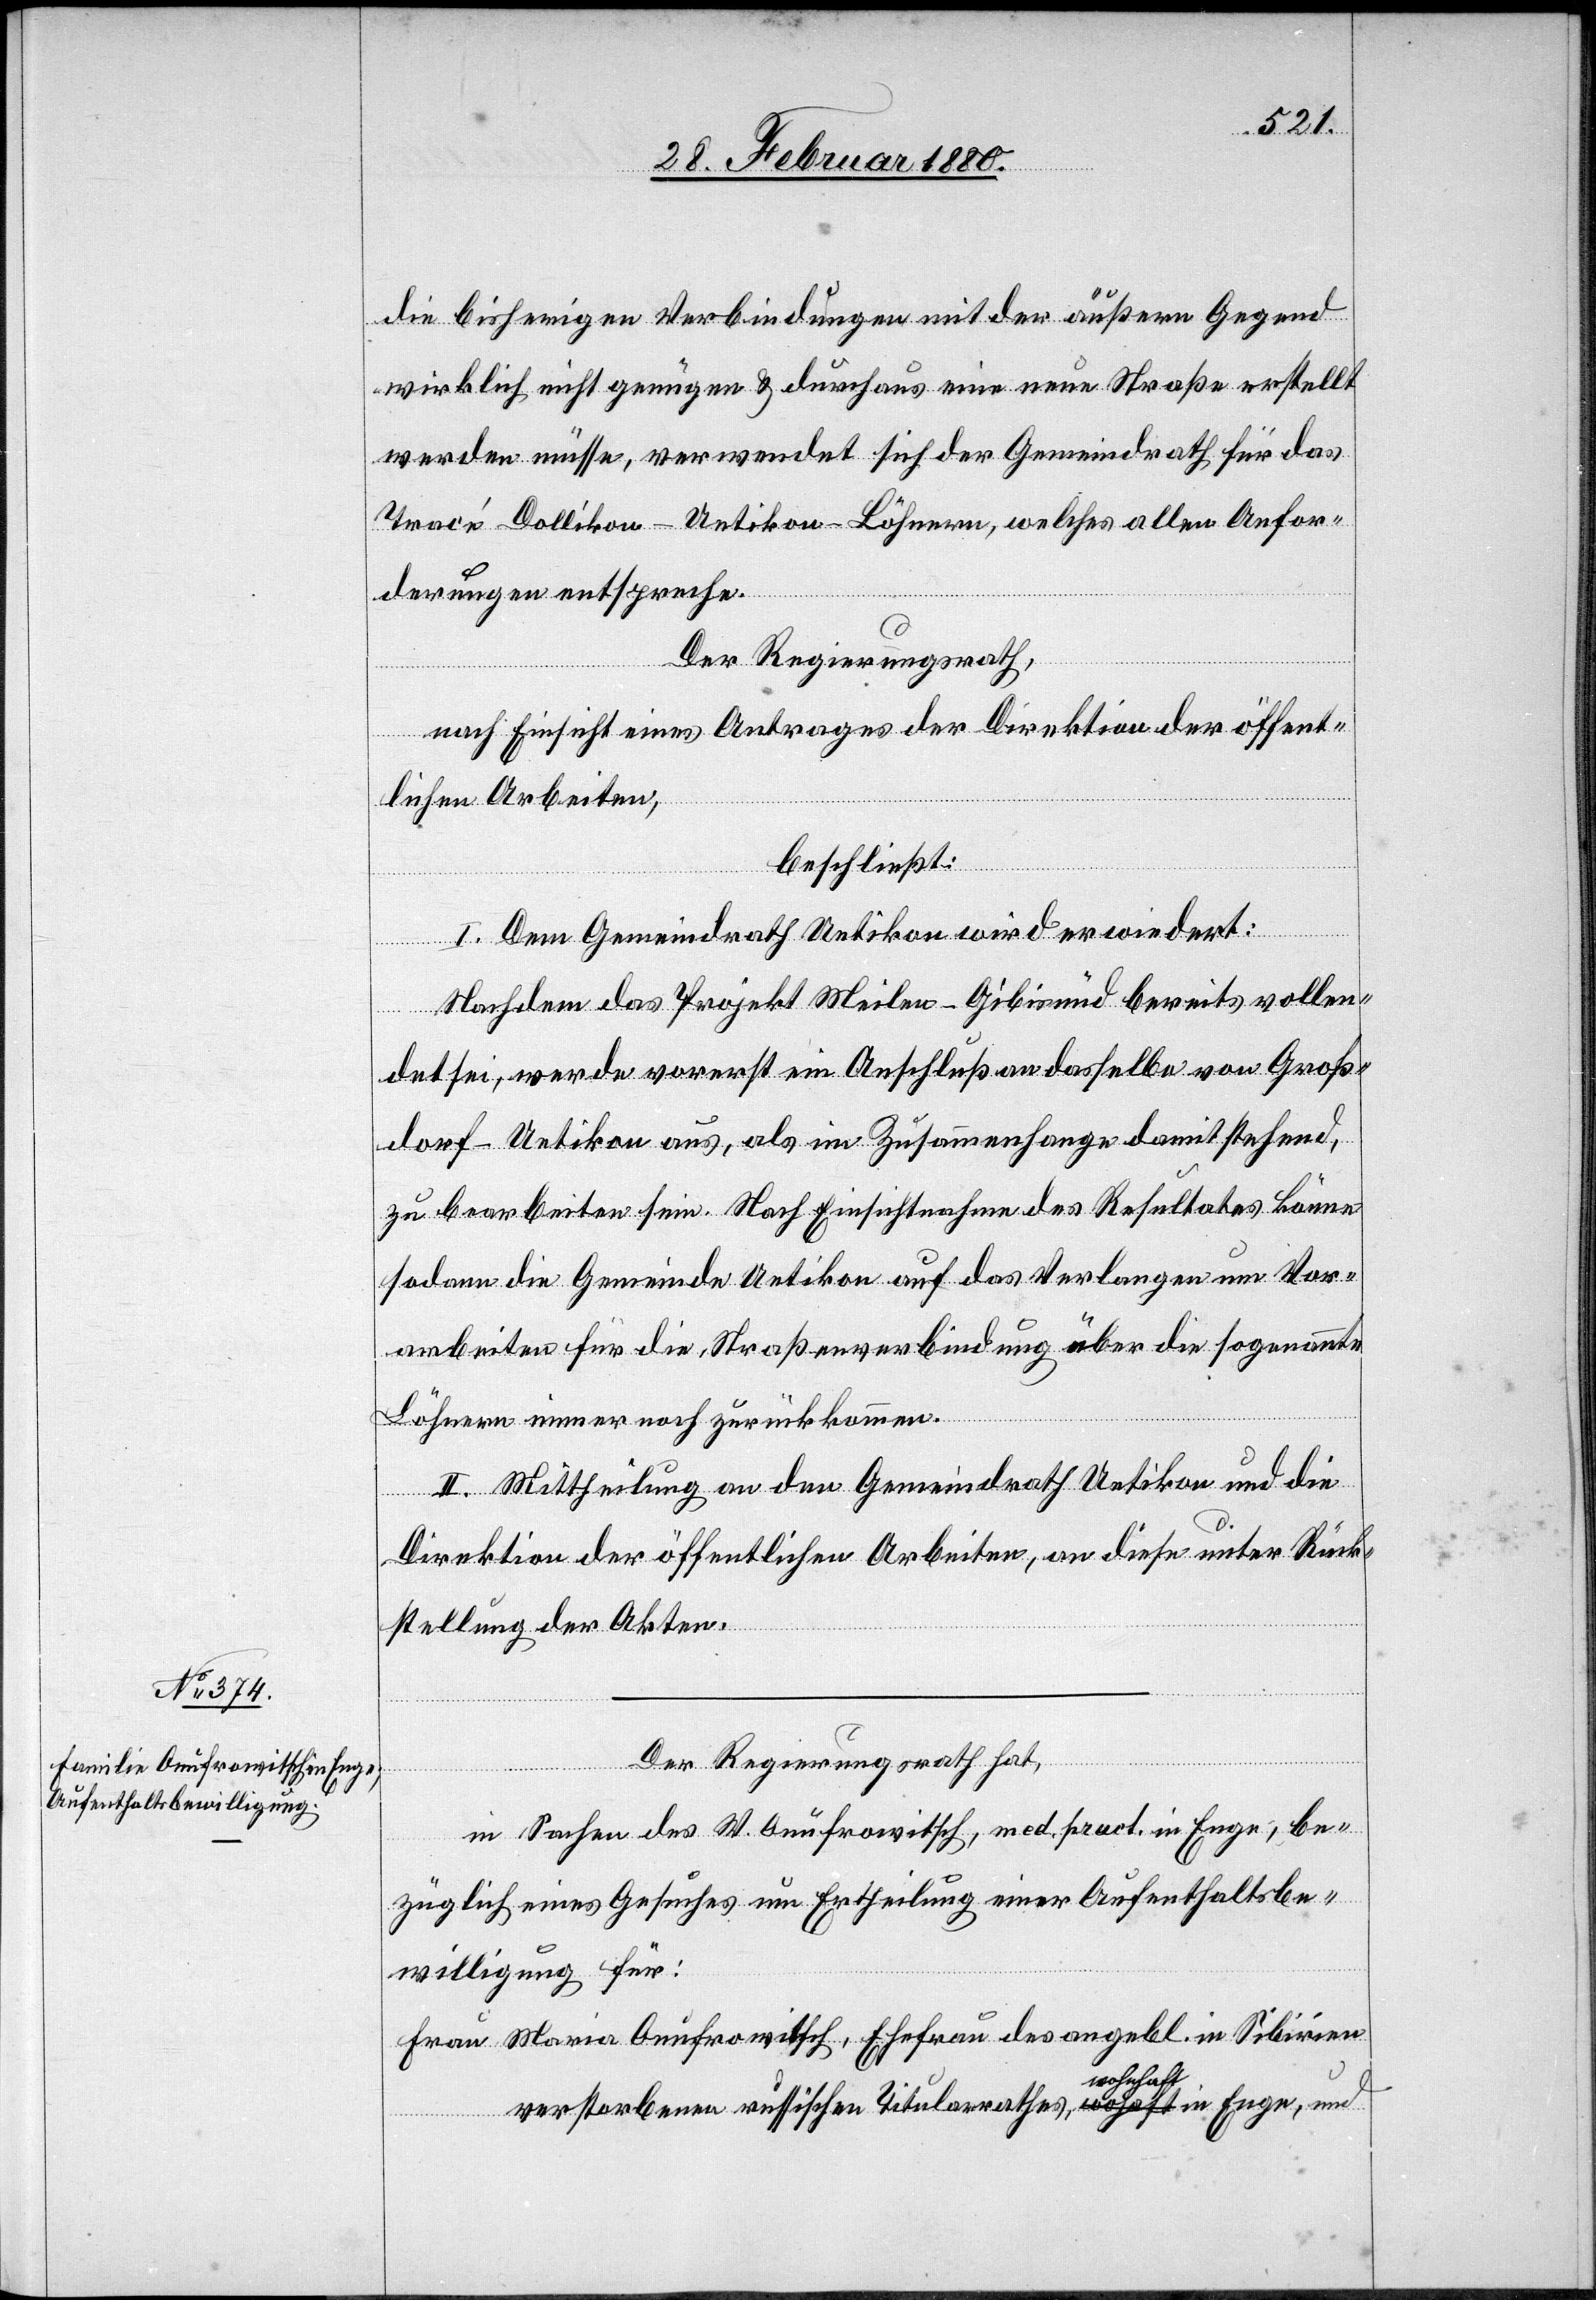
die bisherigen Verbindungen mit der äußern Gegend
wirklich nicht genügen & durchaus eine neue Straße erstellt
werden müsse, verwendet sich der Gemeindrath für das
Tracé Dollikon–Uetikon–Löhnern, welches allen Anfor¬
derungen entspreche.
Der Regierungsrath,
nach Einsicht eines Antrages der Direktion der öffent¬
lichen Arbeiten,
beschließt:
I. Dem Gemeindrath Uetikon wird erwiedert:
Nachdem das Projekt Meilen–Gibisnüd bereits vollen¬
det sei, werde vorerst ein Anschluß an dasselbe von Groß¬
dorf–Uetikon aus, als im Zusammenhange damit stehend,
zu bearbeiten sein. Nach Einsichtnahme des Resultates könne
sodann die Gemeinde Uetikon auf das Verlangen um Vor¬
arbeiten für die Straßenverbindung über die sogenannte
Löhnern immer noch zurückkommen.
II. Mittheilung an den Gemeindrath Uetikon und die
Direktion der öffentlichen Arbeiten, an diese unter Rück¬
stellung der Akten.
Der Regierungsrath hat,
in Sachen des W. Anufrowitsch, med. pract. in Enge, be¬
züglich eines Gesuche um Ertheilung einer Aufenthaltsbe¬
willigung für:
Frau Maria Anufrowitsch, Ehefrau des angebl. in Sibirien
verstorbenen russischen Titularrathes, wohnhaft in Enge, und